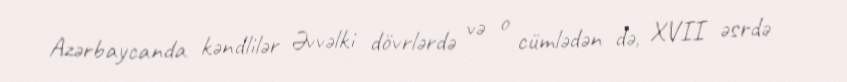
Azərbaycanda kəndlilər Əvvəlki dövrlərdə və o cümlədən də, XVII əsrdə